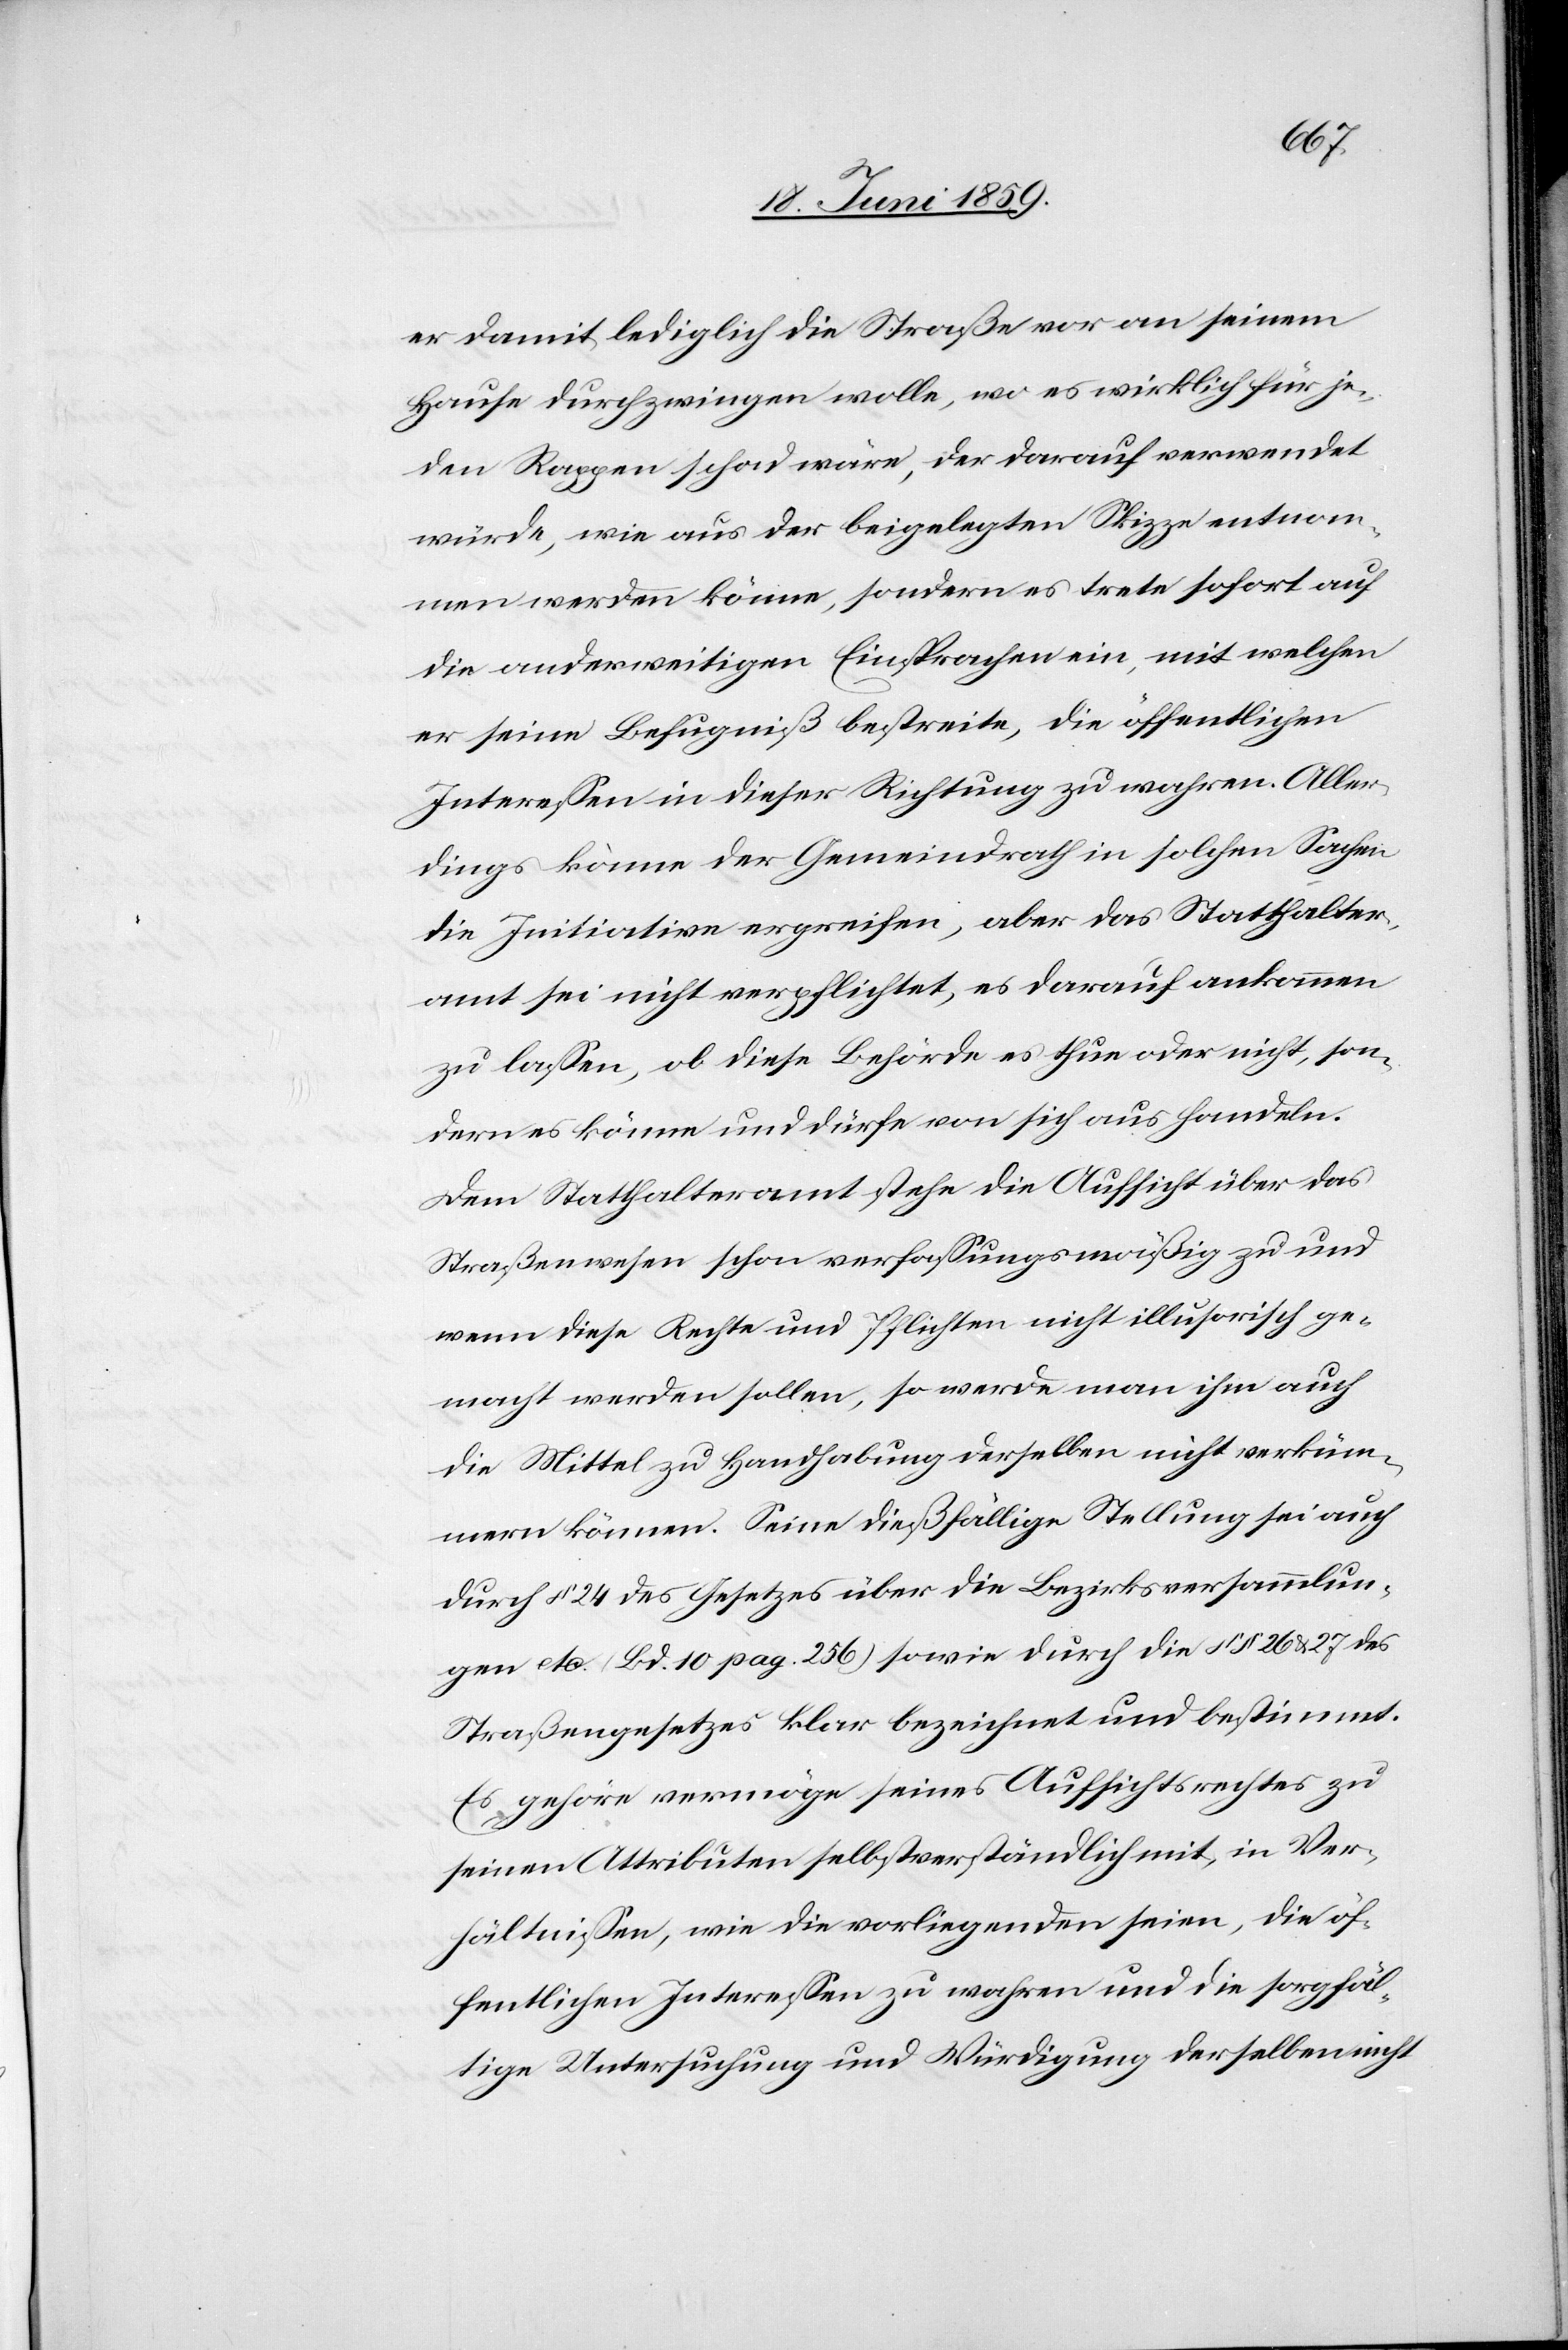
er damit lediglich die Straße vor an seinem
Hause durchzwingen wolle, wo es wirklich für je¬
den Rappen schad wäre, der darauf verwendet
würde, wie aus der beigelegten Skizze entnom¬
men werden könne, sondern es trete sofort auf
die andersweitigen Einsprachen ein, mit welchen
er seine Befugniß bestreite, die öffentlichen
Interessen in dieser Richtung zu wahren. Aller¬
dings könne der Gemeindrath in solchen Sachen
die Initiation ergreifen, aber das Statthalter¬
amt sei nicht verpflichtet, es darauf ankommen
zu lassen, ob diese Behörde es thun oder nicht, son¬
dern es könne und dürfe von sich aus handeln.
Dem Statthalteramt stehe die Aufsicht über das
Straßenwesen schon verfassungsmäßig zu und
wenn diese Rechte und Pflichten nicht illusorisch ge¬
macht werden sollen, so werde man ihm auch
die Mittel zu Handhabung derselben nicht verküm¬
mern können. Seine dießfällige Stellung sei auch
durch § 24 des Gesetzes über die Bezirksversammlun¬
gen etc. Bd. 10 pag. 256 sowie durch die §§ 26 & 27 des
Straßengesetzes klar bezeichnet und bestimmt.
Es gehöre vermöge seines Aufsichtsrechtes zu
seinen Atributen selbstverständlich mit, in Ver¬
hältnissen, wie die vorliegenden seien, die öf¬
fentlichen Interessen zu wahren und die sorgfäl¬
tige Untersuchung und Würdigung derselben nicht